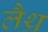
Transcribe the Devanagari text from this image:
लैथ्र